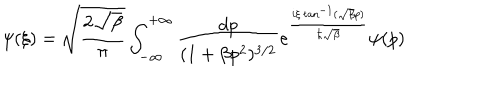
\psi ( { \xi } ) = \sqrt { \frac { 2 \sqrt { \beta } } { \pi } } \int _ { - \infty } ^ { + \infty } \frac { d p } { ( 1 + \beta p ^ { 2 } ) ^ { 3 / 2 } } e ^ { \frac { i { \xi } \tan ^ { - 1 } ( \sqrt { \beta } p ) } { \hbar \sqrt { \beta } } } \psi ( p )